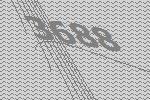
3688